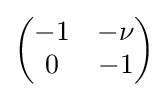
{\begin{pmatrix}-1&-\nu \\0&-1\end{pmatrix}}